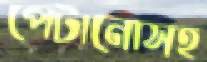
পেটানোসহ